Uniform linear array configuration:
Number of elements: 64
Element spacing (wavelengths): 0.5
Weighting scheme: uniform
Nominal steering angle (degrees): -45
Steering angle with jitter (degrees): -43.52
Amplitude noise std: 0.05
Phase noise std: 0.05

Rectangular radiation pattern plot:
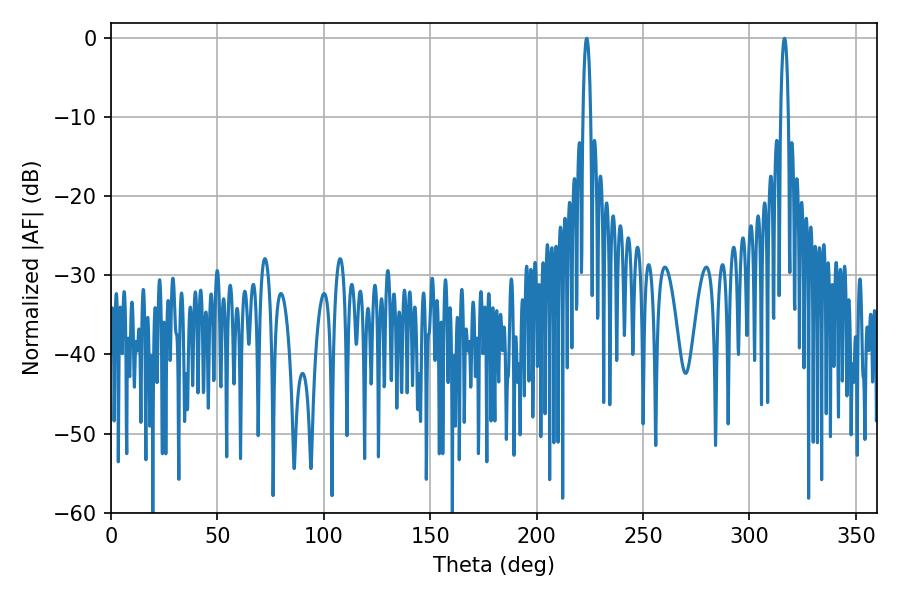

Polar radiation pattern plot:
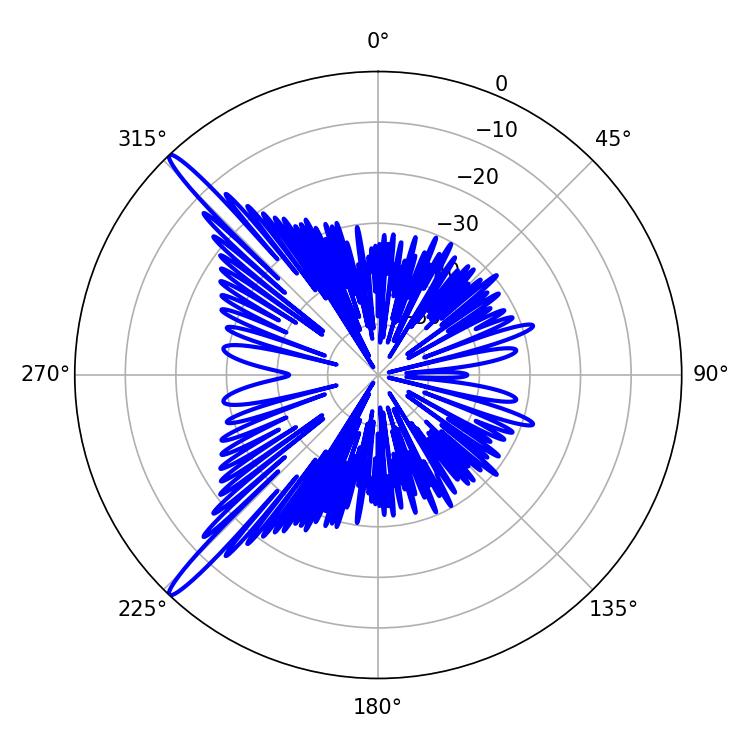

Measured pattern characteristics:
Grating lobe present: FALSE
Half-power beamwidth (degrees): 1.98
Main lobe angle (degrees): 223.56